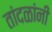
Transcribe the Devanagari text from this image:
तांदळांनी